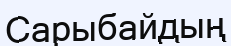
Сарыбайдың